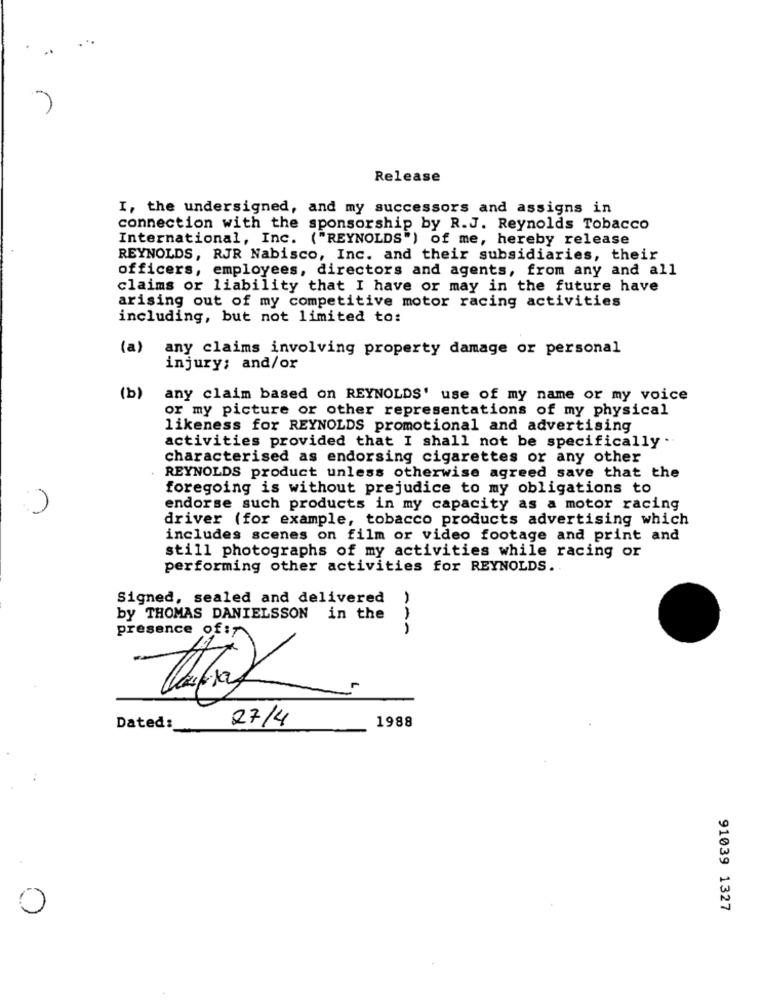
Release
I, the undersigned, and my successors and assigns in
connection with the sponsorship by R.J. Reynolds Tobacco
International, Inc. ("REYNOLDS") of me, hereby release
REYNOLDS, RJR Nabisco, Inc. and their subsidiaries, their
officers, employees, directors and agents, from any and all
claims or liability that I have or may in the future have
arising out of my competitive motor racing activities
including, but not limited to:
(a)
any claims involving property damage or personal
injury; and/or
(b)
any claim based on REYNOLDS' use of my name or my voice
or my picture or other representations of my physical
likeness for REYNOLDS promotional and advertising
activities provided that I shall not be specifically
characterised as endorsing cigarettes or any other
REYNOLDS product unless otherwise agreed save that the
foregoing is without prejudice to my obligations to
endorse such products in my capacity as a motor racing
driver (for example, tobacco products advertising which
includes scenes on film or video footage and print and
still photographs of my activities while racing or
performing other activities for REYNOLDS.
Signed, sealed and delivered
by THOMAS DANIELSSON in the
presence of:
27/4
1988
Dated:
91039 1327